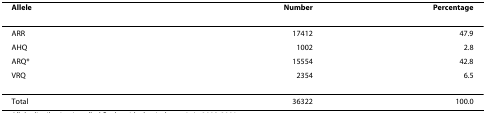
<table><thead><tr><td><b>Allele</b></td><td><b>Number</b></td><td><b>Percentage</b></td></tr></thead><tbody><tr><td>ARR</td><td>17412</td><td>47.9</td></tr><tr><td>AHQ</td><td>1002</td><td>2.8</td></tr><tr><td>ARQ*</td><td>15554</td><td>42.8</td></tr><tr><td>VRQ</td><td>2354</td><td>6.5</td></tr><tr><td>Total</td><td>36322</td><td>100.0</td></tr></tbody></table>